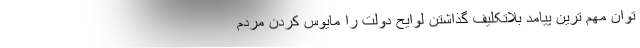
توان مهم ترین پیامد بلاتکلیف گذاشتن لوایح دولت را مایوس کردن مردم